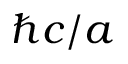
\hbar c / a